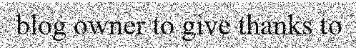
blog owner to give thanks to